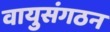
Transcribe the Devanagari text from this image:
वायुसंगठन